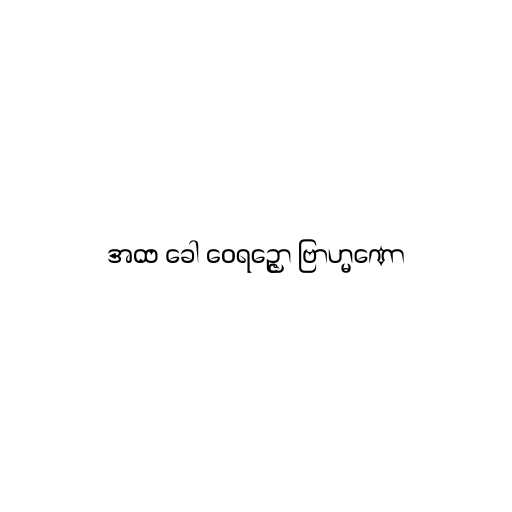
အထ ခေါ ဝေရဉ္ဇော ဗြာဟ္မဏော